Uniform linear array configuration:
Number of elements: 64
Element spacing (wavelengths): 0.25
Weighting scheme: hamming
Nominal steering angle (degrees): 30
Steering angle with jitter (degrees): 28.05
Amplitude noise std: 0.05
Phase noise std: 0.05

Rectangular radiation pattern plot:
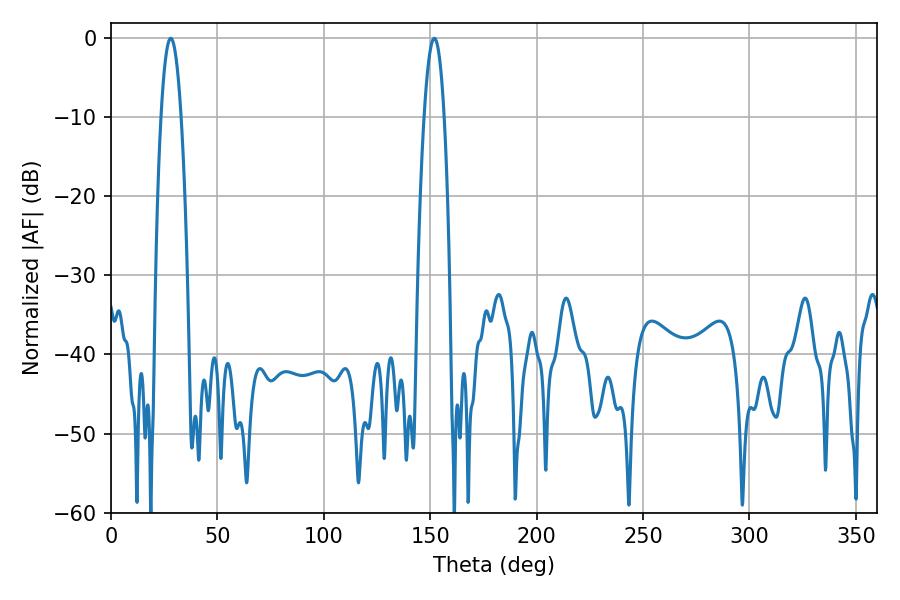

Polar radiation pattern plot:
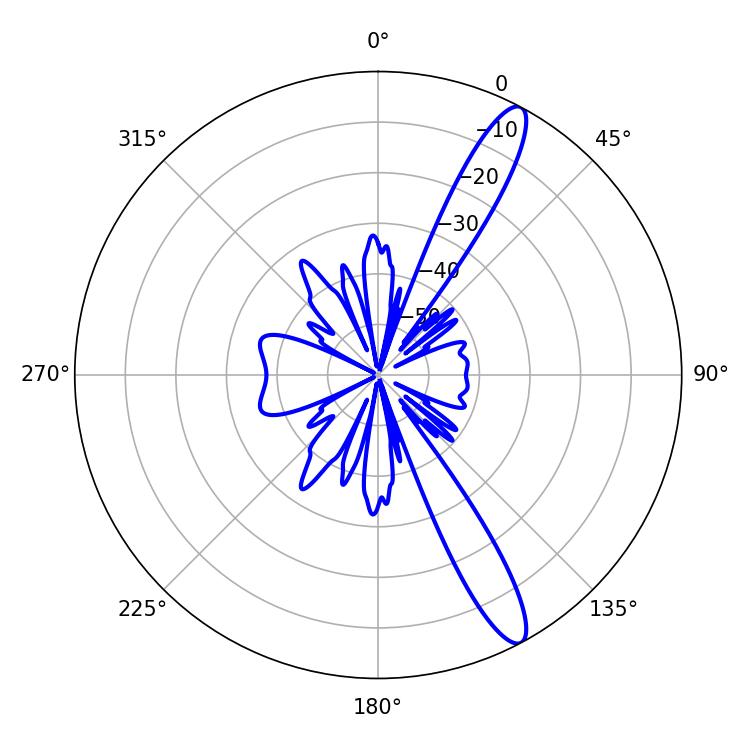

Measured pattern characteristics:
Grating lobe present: FALSE
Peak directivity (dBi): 13.358
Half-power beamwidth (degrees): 5.22
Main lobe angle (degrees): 151.92